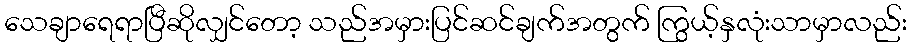
သေချာရေရာပြီဆိုလျှင်တော့ သည်အမှားပြင်ဆင်ချက်အတွက် ကြွယ့်နှလုံးသာမှာလည်း